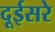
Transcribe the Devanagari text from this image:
दूईसरे